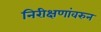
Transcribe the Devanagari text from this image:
निरीक्षणांवरुन